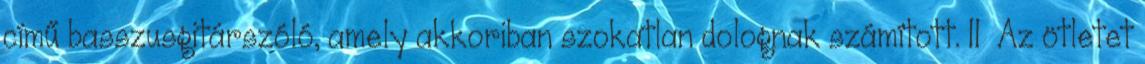
című basszusgitárszóló, amely akkoriban szokatlan dolognak számított. 11 Az ötletet